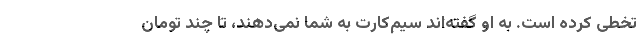
تخطی کرده است. به او گفته‌اند سیم‌کارت به شما نمی‌دهند، تا چند تومان